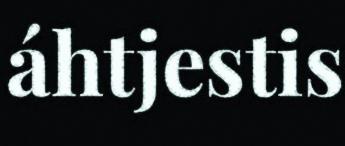
áhtjestis